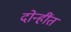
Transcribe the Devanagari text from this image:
दोन्हींत